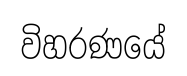
විහරණයේ